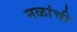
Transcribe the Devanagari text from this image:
नळांची